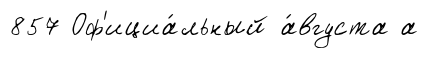
857 Оф'ициа́льный а́вгуста а